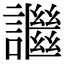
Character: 䜝